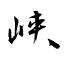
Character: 峡